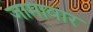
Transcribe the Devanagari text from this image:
जामावार